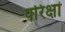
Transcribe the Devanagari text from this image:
परिक्षां